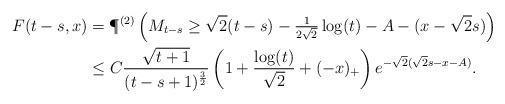
LaTeX: \begin{align*}F(t-s,x) &= \P^{(2)}\left( M_{t-s} \geq \sqrt{2}(t-s) - \tfrac{1}{2\sqrt{2}} \log(t)- A - (x-\sqrt{2}s) \right) \\&\leq C \frac{\sqrt{t+1}}{(t-s+1)^{\frac{3}{2}}}\left(1 + \frac{\log(t)}{\sqrt{2}}+(-x)_+ \right) e^{-\sqrt{2} (\sqrt{2} s - x - A)} .\end{align*}